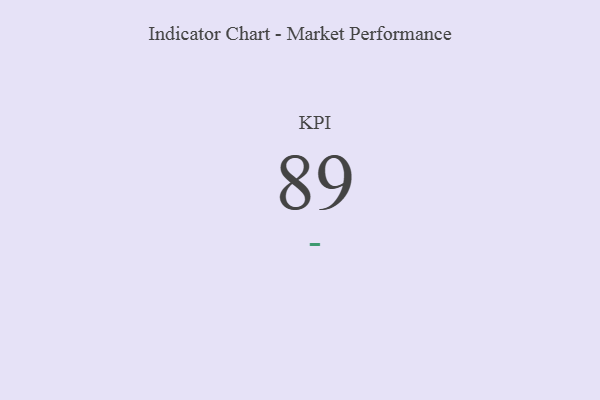
{"axis": {"x": "KPI", "y": "Value"}, "legend": [""], "data": [{"x": "KPI", "y": 89, "type": ""}]}